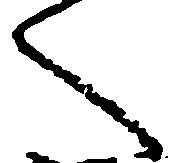
へ